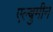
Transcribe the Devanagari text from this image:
एल्बुमीन